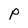
Character: P